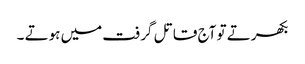
بکھرتے تو آج قاتل گرفت میں ہوتے ۔